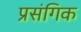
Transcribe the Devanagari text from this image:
प्रसंगिक